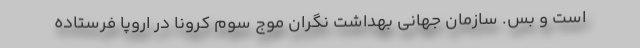
است و بس. سازمان جهانی بهداشت نگران موج سوم کرونا در اروپا فرستاده